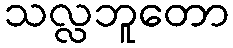
သလ္လဘူတော